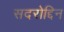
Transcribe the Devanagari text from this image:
सदरोद्दिन